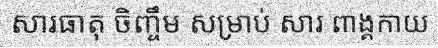
សារធាតុ ចិញ្ចឹម សម្រាប់ សារ ពាង្គកាយ